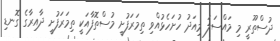
ދުސްތޫރީ މި މައްސަލަ މިއަދު ހުށަހެޅުއްވި ތިމަރަފުށީ މުސްތޮފާއަކީ ތިމަރަފުށީ ދާއިރާގެ ގޮނޑި